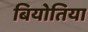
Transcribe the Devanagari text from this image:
बियोतिया